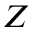
Z